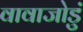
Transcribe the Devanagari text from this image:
वावाजोडुं